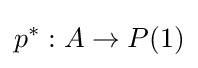
p^{*}:A\to P(1)